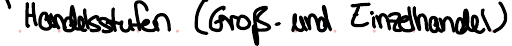
Handelsstufen (Groß- und Einzelhandel)